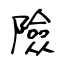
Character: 險